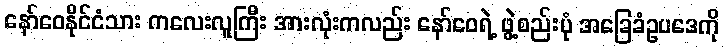
နော်ဝေနိုင်ငံသား ကလေးလူကြီး အားလုံးကလည်း နော်ဝေရဲ့ ဖွဲ့စည်းပုံ အခြေခံဥပဒေကို